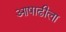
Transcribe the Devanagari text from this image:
आषाढीला